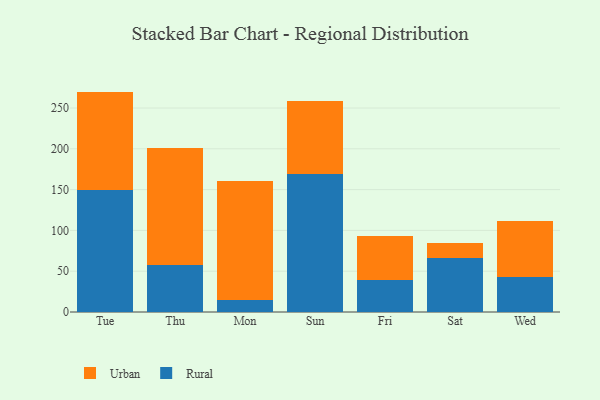
{"axis": {"x": "Day", "y": "Headcount"}, "legend": ["Rural", "Urban"], "data": [{"x": "Tue", "y": 149.4, "type": "Rural"}, {"x": "Tue", "y": 120.7, "type": "Urban"}, {"x": "Thu", "y": 57.6, "type": "Rural"}, {"x": "Thu", "y": 143.5, "type": "Urban"}, {"x": "Mon", "y": 14.6, "type": "Rural"}, {"x": "Mon", "y": 146.5, "type": "Urban"}, {"x": "Sun", "y": 169.3, "type": "Rural"}, {"x": "Sun", "y": 89.3, "type": "Urban"}, {"x": "Fri", "y": 39.5, "type": "Rural"}, {"x": "Fri", "y": 53.7, "type": "Urban"}, {"x": "Sat", "y": 65.8, "type": "Rural"}, {"x": "Sat", "y": 18.7, "type": "Urban"}, {"x": "Wed", "y": 42.3, "type": "Rural"}, {"x": "Wed", "y": 69.5, "type": "Urban"}]}